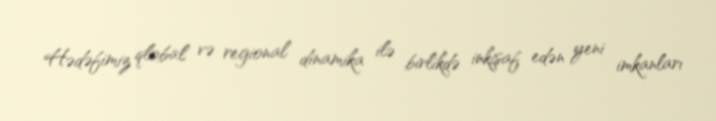
Hədəfimiz qlobal və regional dinamika ilə birlikdə inkişaf edən yeni imkanları